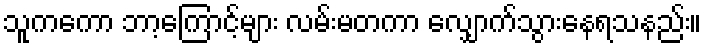
သူကကော ဘာ့ကြောင့်များ လမ်းမတကာ လျှောက်သွားနေရသနည်း။